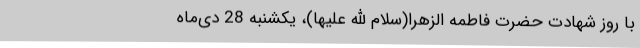
با روز شهادت حضرت فاطمه الزهرا(سلام الله علیها)، یکشنبه 28 دی‌ماه